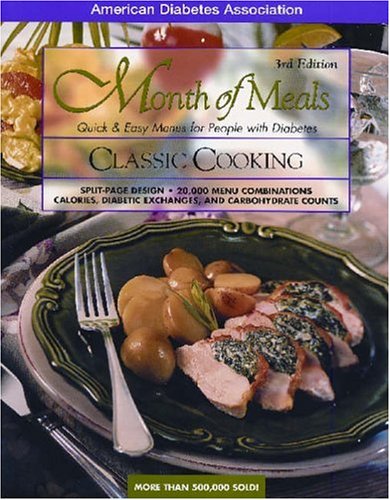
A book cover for Month of Meals, Quick & Easy Menus for People with Diabetes: Classic Cooking; American Diabetes Association; Health, Fitness & Dieting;